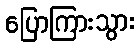
ပြောကြားသွား